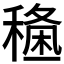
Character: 𥡑